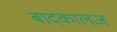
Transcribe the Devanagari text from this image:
बादकालज